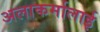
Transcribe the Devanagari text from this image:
अलाकर्मालाई